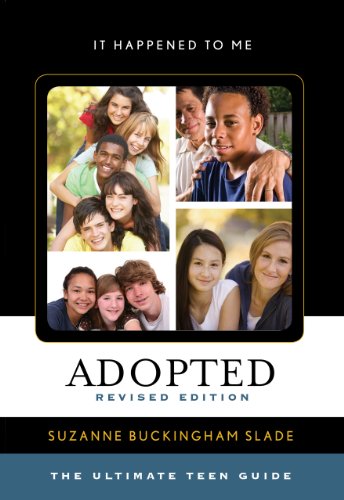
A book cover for Adopted: The Ultimate Teen Guide (It Happened to Me); Suzanne Buckingham Slade; Teen & Young Adult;